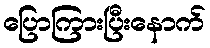
ပြောကြားပြီးနောက်